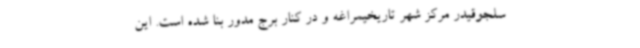
سلجوقیدر مرکز شهر تاریخیمراغه و در کنار برج مدور بنا شده است. این